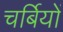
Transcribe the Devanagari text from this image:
चर्बियों